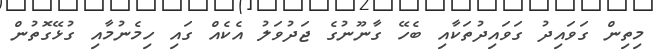
މިތިން ގަވައިދު ގަވައިދުތަކާއި ބެހޭ ގާނޫނުގެ ޖަދުވަލު އެކެއް ގައި ހިމެނުމާއި ގުޅޭގޮތުން